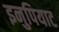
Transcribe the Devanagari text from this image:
इनुपियाट